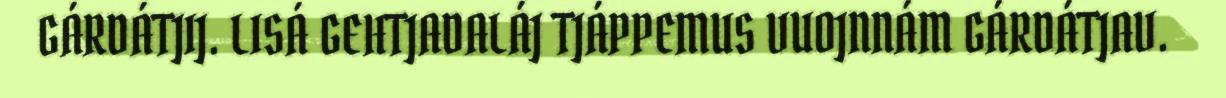
GÁRDÁTJIJ. LISÁ GEHTJADALÁJ TJÁPPEMUS VUOJNNÁM GÁRDÁTJAV.